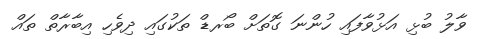
ވާލު ބުޅި އަޅުވާފައި ހުންނަ ގޮތަށް ބޯރޑް ތަކުގައި ދިވެހި އިބާރާތް ތައް